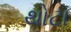
થોટા